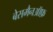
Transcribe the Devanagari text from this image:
बेसमैनऑफ़